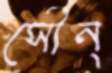
সৌন্